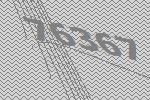
76367